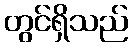
တွင်ရှိသည်